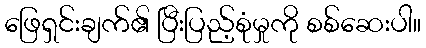
ဖြေရှင်းချက်၏ ပြီးပြည့်စုံမှုကို စစ်ဆေးပါ။